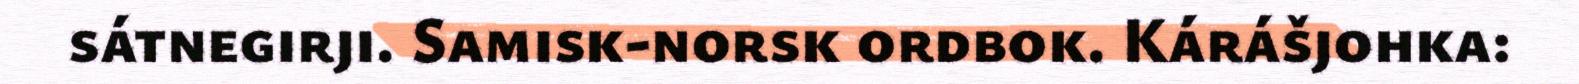
sátnegirji. Samisk-norsk ordbok. Kárášjohka: